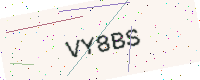
Text: VY8BS